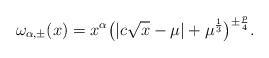
LaTeX: \begin{align*}\omega_{\alpha,\pm}(x)=x^{\alpha}\big(|c\sqrt{x}-\mu|+\mu^{\frac{1}{3}}\big)^{\pm\frac{p}{4}}.\end{align*}